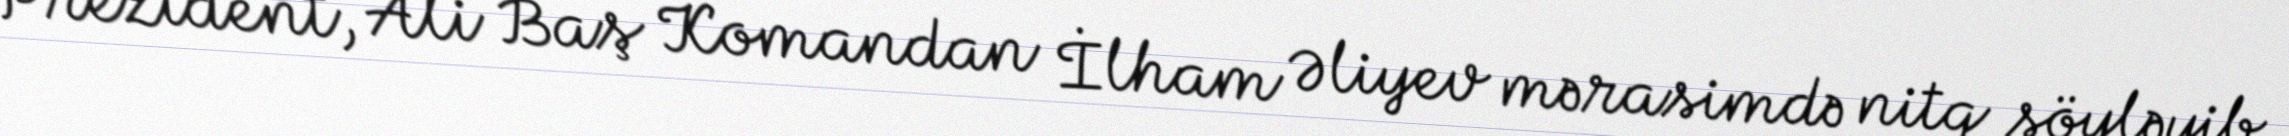
Prezident, Ali Baş Komandan İlham Əliyev mərasimdə nitq söyləyib.